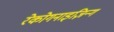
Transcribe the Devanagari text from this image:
रेकोगनाइज़िन्ग